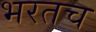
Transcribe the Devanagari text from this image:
भरतच